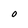
Character: O